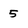
Character: 5